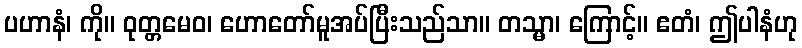
ပဟာနံ၊ ကို။ ဝုတ္တမေဝ၊ ဟောတော်မူအပ်ပြီးသည်သာ။ တသ္မာ၊ ကြောင့်။ ဧတံ၊ ဤပါနံဟု